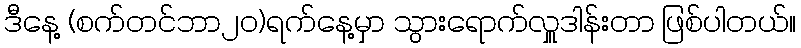
ဒီနေ့ (စက်တင်ဘာ၂၀)ရက်နေ့မှာ သွားရောက်လှူဒါန်းတာ ဖြစ်ပါတယ်။